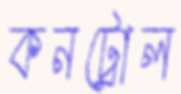
কনট্রোল